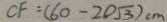
C F = ( 6 0 - 2 0 \sqrt { 3 } ) c m